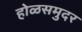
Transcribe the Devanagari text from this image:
होळसमुदर